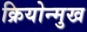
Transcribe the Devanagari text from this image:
क्रियोन्मुख